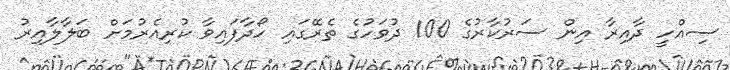
ސިއްހީ ދާއިރާ އިން ސަރުކާރުގެ 100 ދުވަހުގެ ތެރޭގައި ހޯދާފައިވާ ކުރިއެެރުމަށް ބަލާލާއިރު